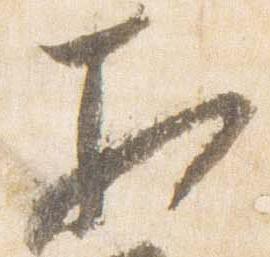
相